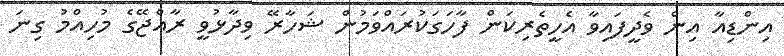
އިންޑިއާ އިން ވެދީފައިވާ އެހީތެރިކަން ފާހަގަކުރައްވަމުން ޝަހާރޭ ވިދާޅުވީ ރާއްޖޭގެ މުހިއްމު ގިނަ